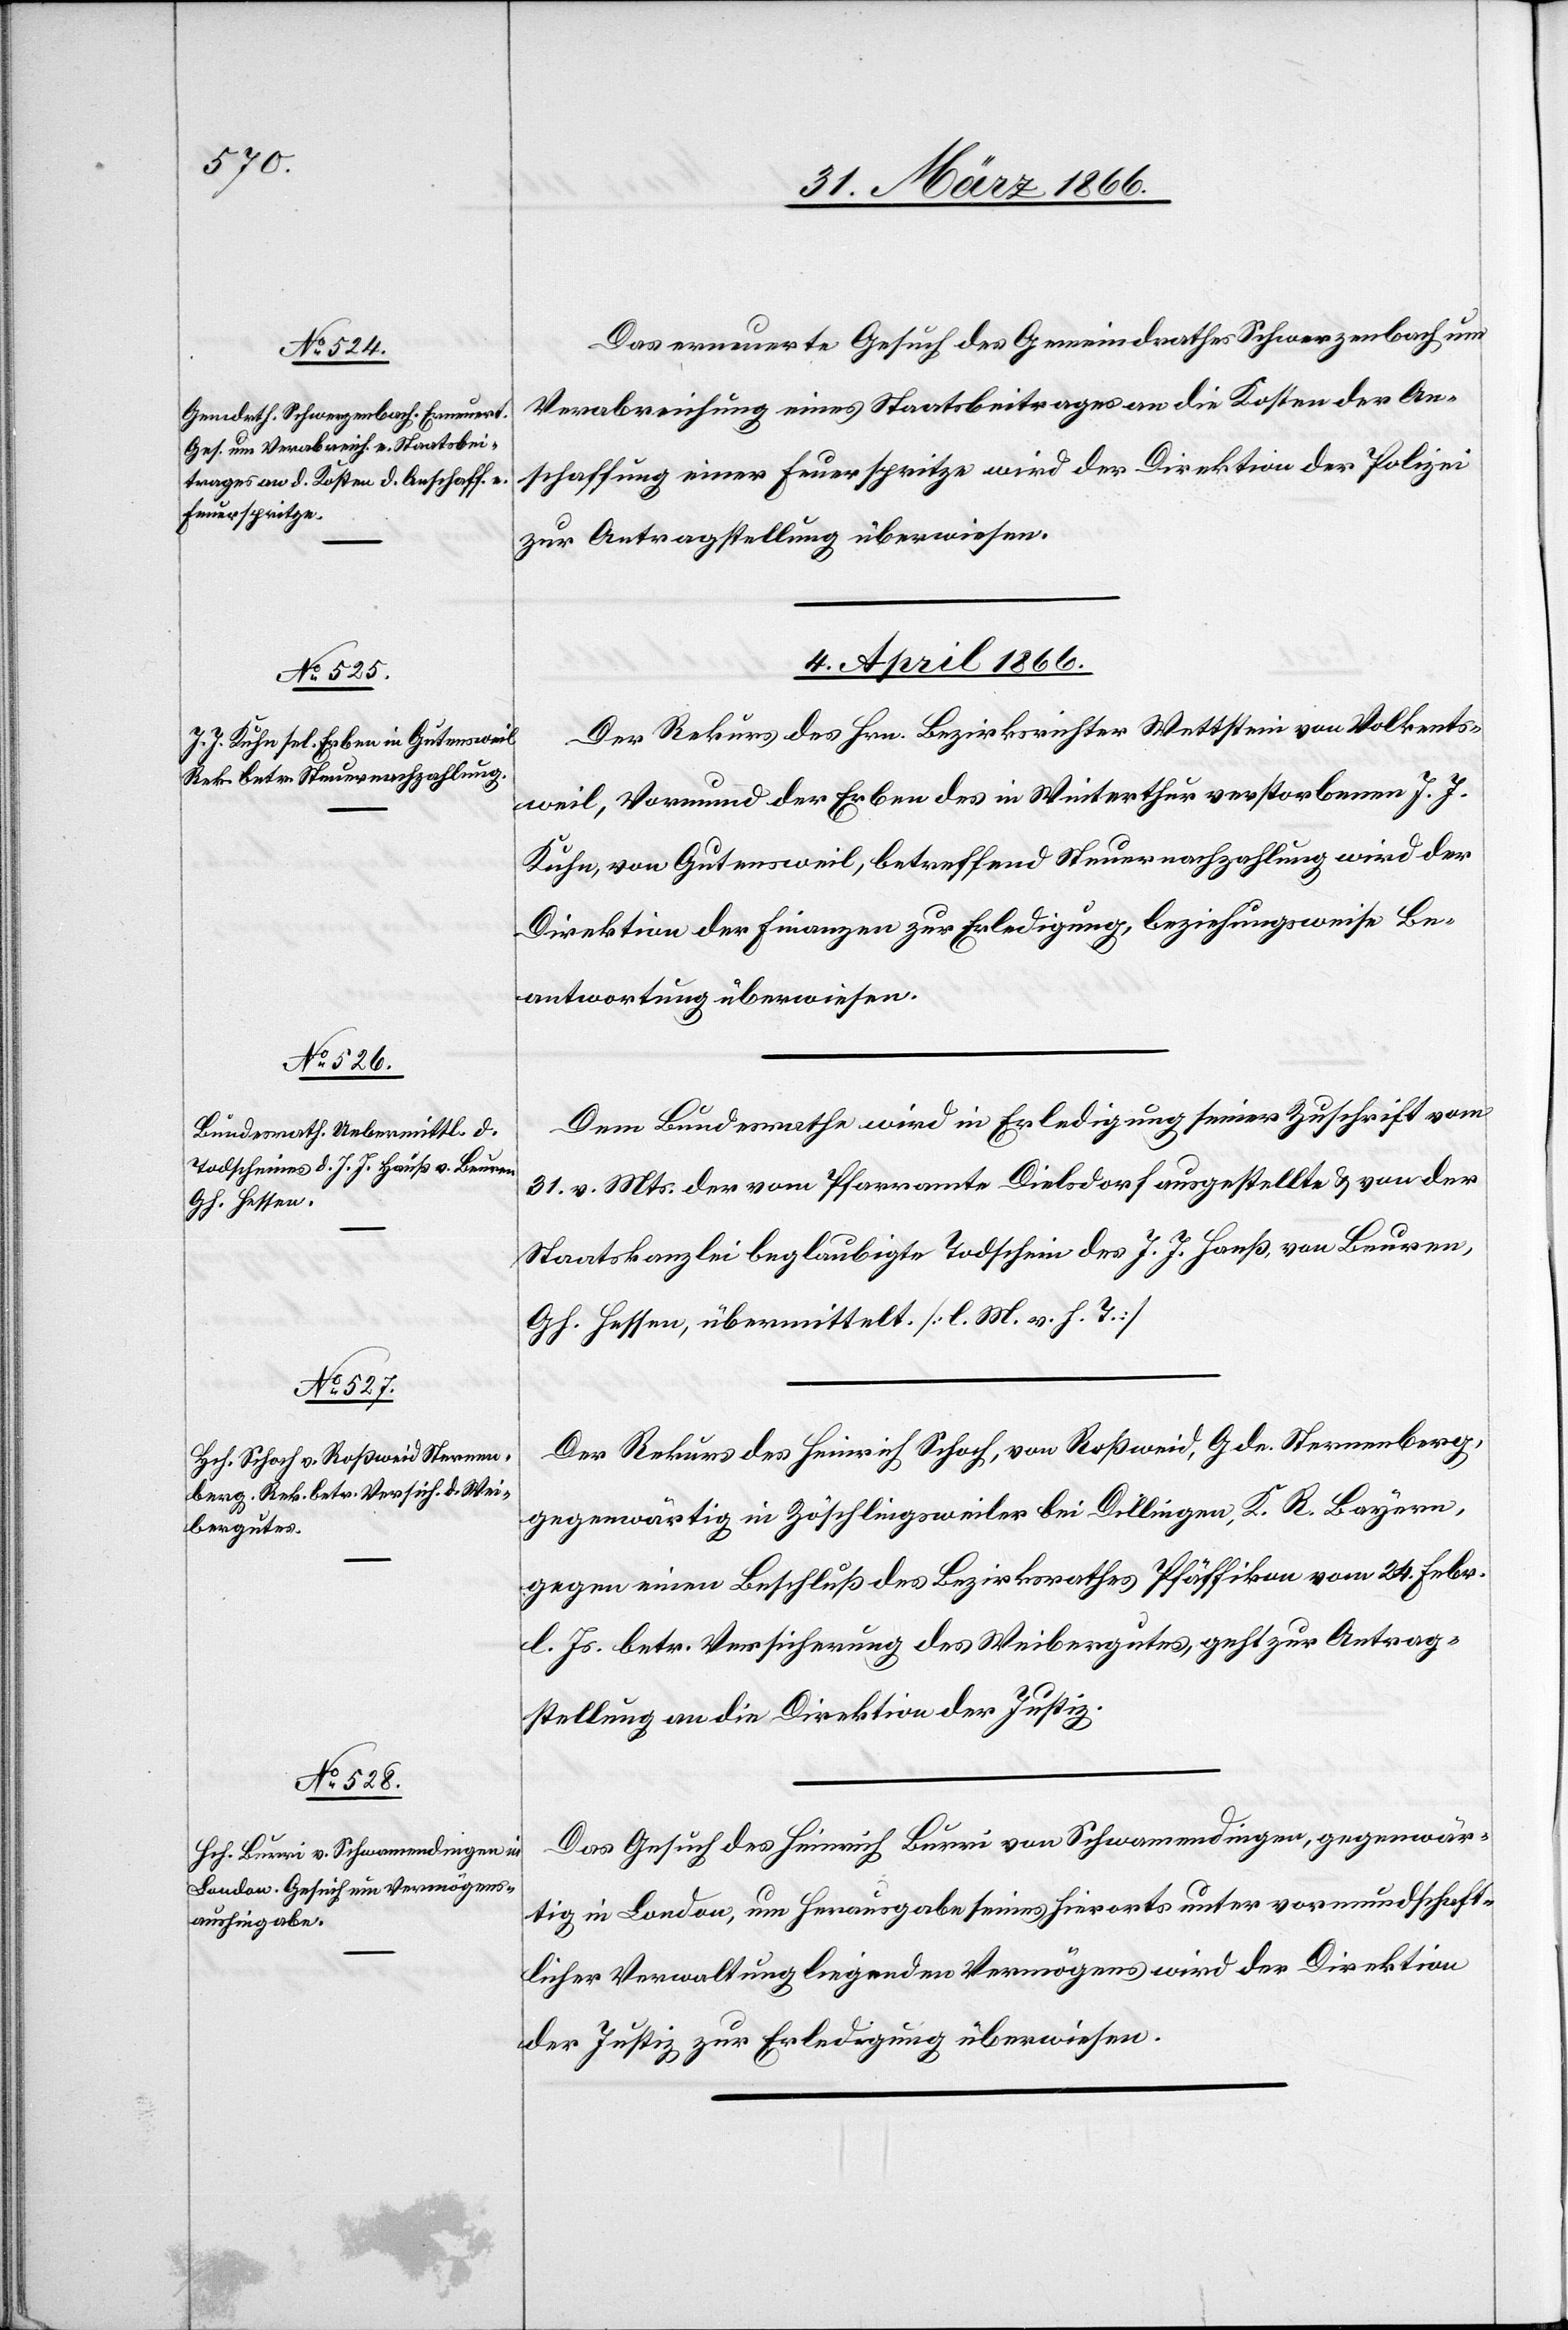
Das erneuerte Gesuch des Gemeindrathes Schwerzenbach um
Verabreichung eines Staatsbeitrages an die Kosten der An¬
schaffung einer Feuerspritze wird der Direktion der Polizei
zur Antragstellung überwiesen.
4. April 1866.]
Der Rekurs des Hrn. Bezirksrichter Wettstein von Volkents¬
weil, Vormund der Erben des in Winterthur verstorbenen J. J.
Kuhn, von Gutersweil, betreffend Steuernachzahlung wird der
Direktion der Finanzen zur Erledigung, beziehungsweise Be¬
antwortung überwiesen.
Dem Bundesrathe wird in Erledigung seiner Zuschrift vom
31. v. Mts. der vom Pfarramte Dielsdorf ausgestellte u. von der
Staatskanzlei beglaubigte Todschein des J. J. Hauß, von Beuren,
Gh. Hessen, übermittelt [l. M. v. h. T.]
Der Rekurs des Heinrich Schoch, von Roßweid, Gde. Sternenberg,
gegenwärtig in Zoschlingsweiler bei Dillingen, K. R. Bayern,
gegen einen Beschluß des Bezirksrathes Pfäffikon von 24. Febr.
l. Js. betr. Versicherung des Weibergutes geht zur Antrag¬
stellung an die Direktion der Justiz.
Das Gesuch des Heinrich Burri von Schwamendingen, gegenwär¬
tig in London, um Herausgabe seines hierorts unter vormundschaft¬
licher Verwaltung liegenden Vermögens wird der Direktion
der Justiz zur Erledigung überwiesen.